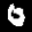
Label: 0